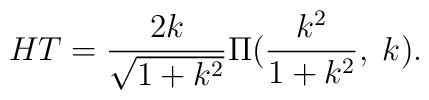
H T=\frac{2k}{\sqrt{1+k^2}}\Pi(\frac{k^2}{1+k^2},\;k).